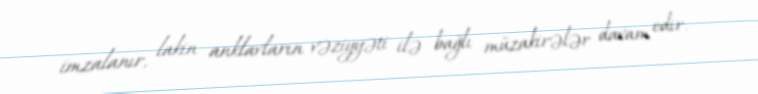
imzalanır, lakin anklavların vəziyyəti ilə bağlı müzakirələr davam edir.